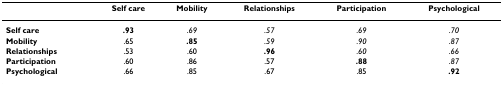
<table><thead><tr><td></td><td><b>Self care</b></td><td><b>Mobility</b></td><td><b>Relationships</b></td><td><b>Participation</b></td><td><b>Psychological</b></td></tr></thead><tbody><tr><td><b>Self care</b></td><td><b>.93</b></td><td>.<i>69</i></td><td>.<i>57</i></td><td>.<i>69</i></td><td>.<i>70</i></td></tr><tr><td><b>Mobility</b></td><td>.65</td><td><b>.85</b></td><td>.<i>59</i></td><td>.<i>90</i></td><td>.<i>87</i></td></tr><tr><td><b>Relationships</b></td><td>.53</td><td>.60</td><td><b>.96</b></td><td>.<i>60</i></td><td>.<i>66</i></td></tr><tr><td><b>Participation</b></td><td>.60</td><td>.86</td><td>.57</td><td><b>.88</b></td><td>.<i>87</i></td></tr><tr><td><b>Psychological</b></td><td>.66</td><td>.85</td><td>.67</td><td>.85</td><td><b>.92</b></td></tr></tbody></table>